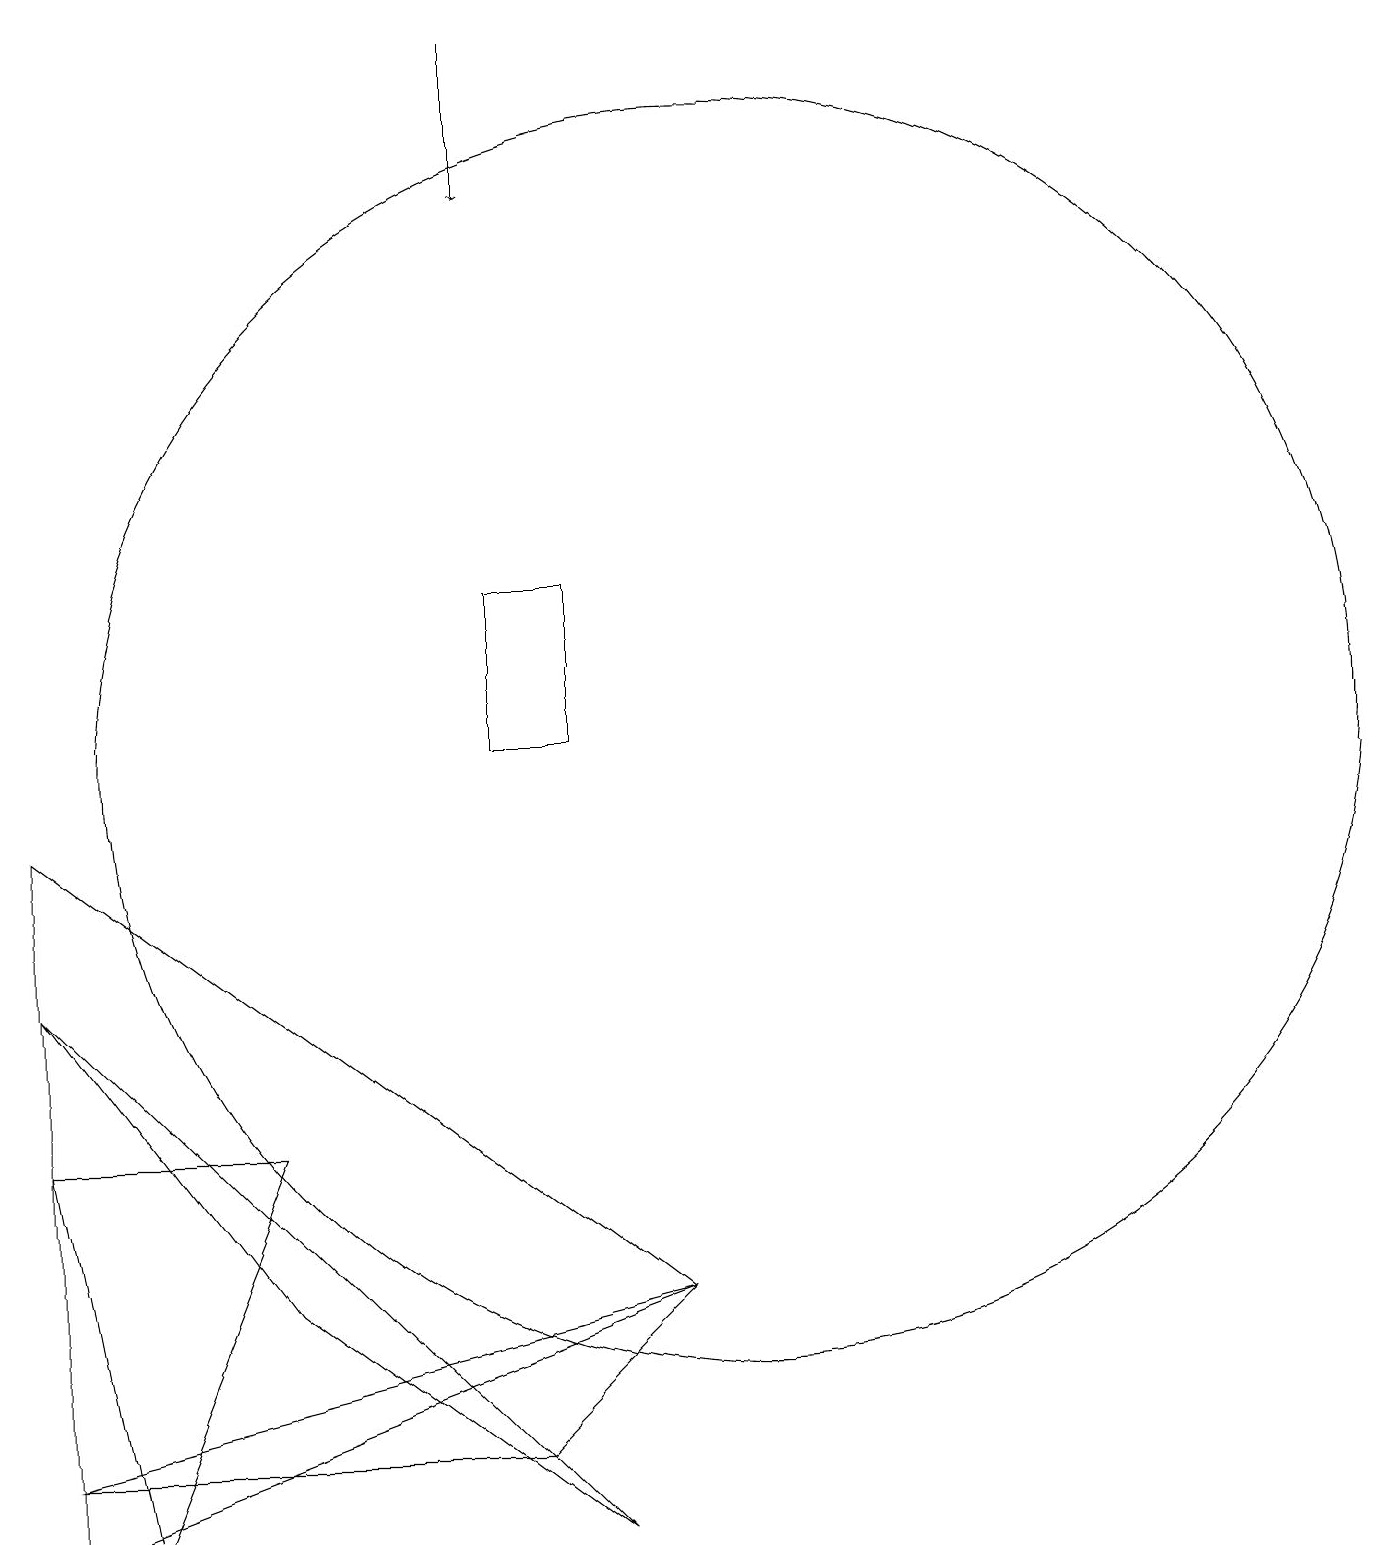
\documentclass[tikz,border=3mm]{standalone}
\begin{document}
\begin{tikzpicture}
\draw[->] (7,19) -- (7,17);
\draw (8,12) rectangle (7,10);
\draw (1,5) -- (4,5) -- (2,0) -- cycle;
\draw (4,3) -- (1,7) -- (8,0) -- cycle;
\draw (10,10) circle (8);
\draw (7,1) -- (9,3) -- (1,1) -- cycle;
\draw (1,9) -- (9,3) -- (1,0) -- cycle;
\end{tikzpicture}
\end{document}